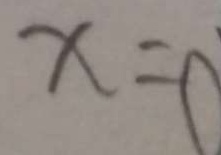
x = 0